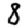
Digit: 8